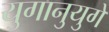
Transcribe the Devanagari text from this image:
युगानुयुगे